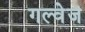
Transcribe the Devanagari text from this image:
गल्वेज